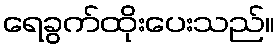
ရေခွက်ထိုးပေးသည်။